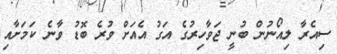
ސިއެރާ ލިއޯނުން ބުނީ ޖަވާހިރުގެ އަގު އެއަށް ވުރެ ބޮޑު ވާނެ ކަމަށާއި